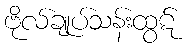
ဗိုလ်ချုပ်သန်းထွဋ်